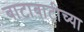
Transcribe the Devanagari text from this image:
बाटाबाटीच्या